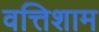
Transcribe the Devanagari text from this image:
वत्तिशाम